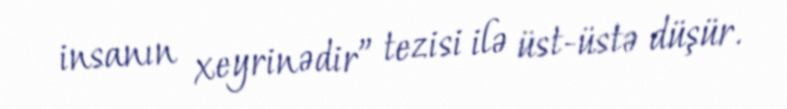
insanın xeyrinədir” tezisi ilə üst-üstə düşür.